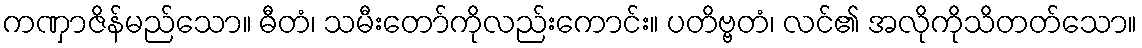
ကဏှာဇိန်မည်သော။ ဓီတံ၊ သမီးတော်ကိုလည်းကောင်း။ ပတိဗ္ဗတံ၊ လင်၏ အလိုကိုသိတတ်သော။